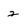
Character: 2